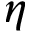
\eta